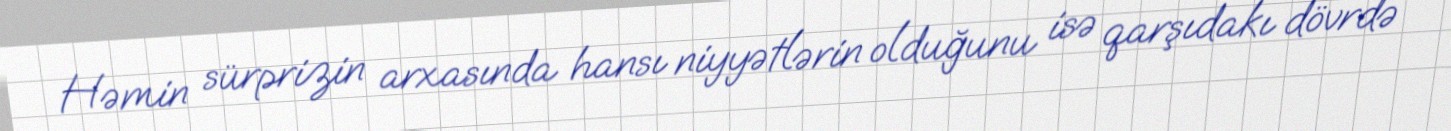
Həmin sürprizin arxasında hansı niyyətlərin olduğunu isə qarşıdakı dövrdə